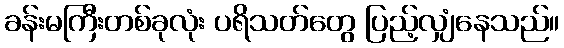
ခန်းမကြီးတစ်ခုလုံး ပရိသတ်တွေ ပြည့်လျှံနေသည်။